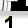
Digit: 1